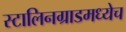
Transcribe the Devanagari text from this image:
स्टालिनग्राडमध्येच